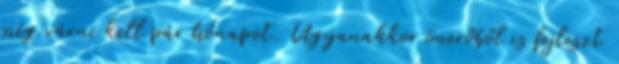
még várni kell pár hónapot. Ugyanakkor önerőből is fejleszt